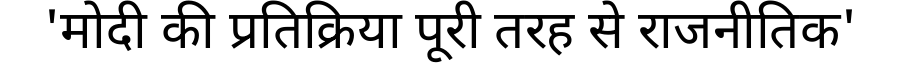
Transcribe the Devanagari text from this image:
'मोदी की प्रतिक्रिया पूरी तरह से राजनीतिक'